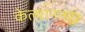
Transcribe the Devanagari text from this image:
केल्यानंतरर